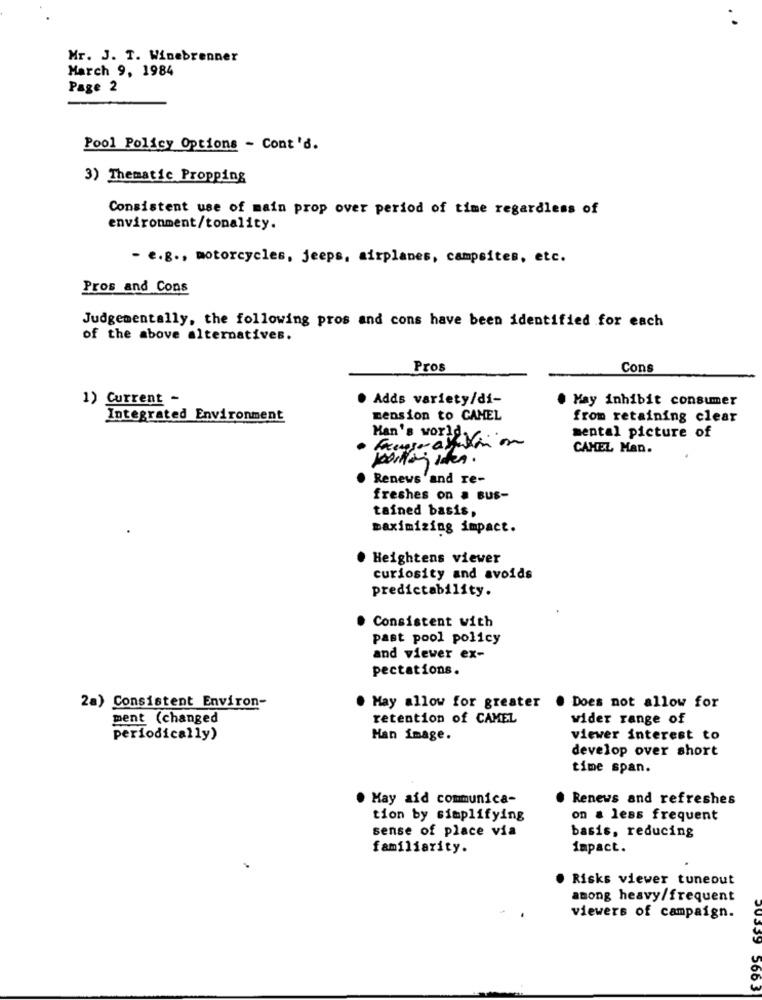
Mr. J. T. Winebrenner
March 9, 1984
Page 2
Pool Policy Options - Cont'd.
3) Thematic Propping
Consistent use of main prop over period of time regardless of
environment/tonality.
- e.g ., motorcycles, jeeps, airplanes, campsites, etc.
Pros and Cons
Judgementally, the following pros and cons have been identified for each
of the above alternatives.
Pros
Cons
1) Current -
· Adds variety/di-
. May inhibit consumer
Integrated Environment
mension to CAMEL
from retaining clear
Man's world.
mental picture of
CAMEL Man.
Renews 'and re-
freshes on a Bus-
tained basis,
maximizing impact.
Heightens viewer
curiosity and avoids
predictability.
Consistent with
past pool policy
and viewer ex-
pectations.
2a) Consistent Environ-
. May allow for greater
Does not allow for
ment (changed
retention of CAMEL
wider range of
periodically)
Han image.
viewer interest to
develop over short
time span.
. May aid communica-
Renews and refreshes
tion by simplifying
on a less frequent
sense of place via
basis, reducing
familiarity.
impact.
Risks viewer tuneout
among heavy/frequent
viewers of campaign.
30339
5663